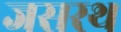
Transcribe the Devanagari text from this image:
जसरथ